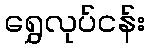
ရွှေလုပ်ငန်း